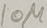
Text: 10µ